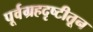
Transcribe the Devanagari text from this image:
पूर्वग्रहदृष्टीतून